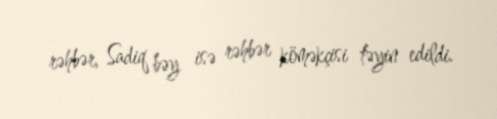
rəhbər, Sadiq bəy isə rəhbər köməkçisi təyin edildi.